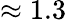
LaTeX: \approx 1.3